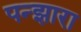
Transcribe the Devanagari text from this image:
पन्झारा